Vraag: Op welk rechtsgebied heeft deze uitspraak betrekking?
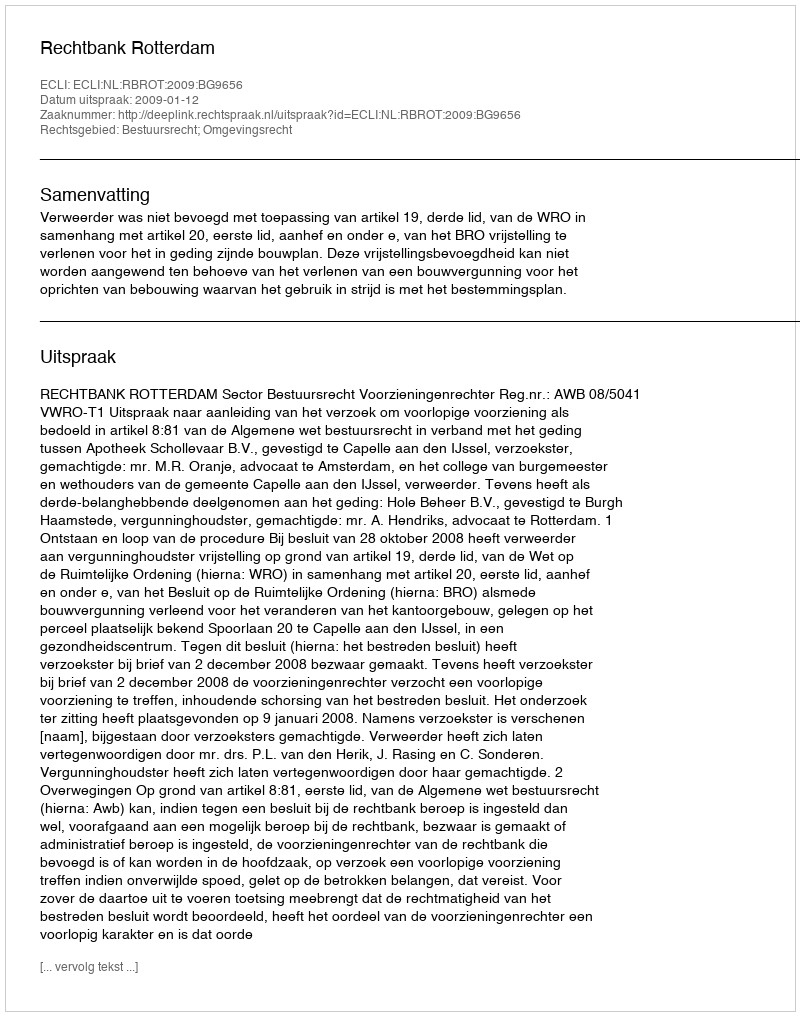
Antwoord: Bestuursrecht; Omgevingsrecht